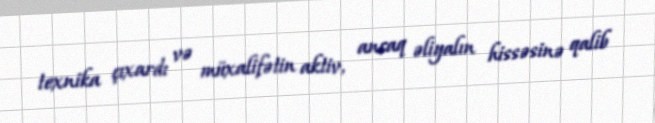
texnika çıxardı və müxalifətin aktiv, ancaq əliyalın hissəsinə qalib